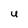
Character: U